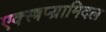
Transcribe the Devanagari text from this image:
एक्स्त्रप्य्रामिदल